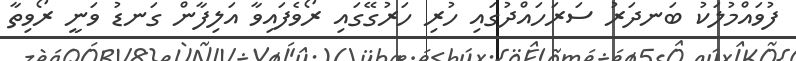
ފުވައްމުލަކު ބަނދަރު ސަރަހައްދުގައި ހުރި ހަރުގޭގައި ރޯވެފައިވާ އަލިފާން ގަނޑު ވަނީ ރޯވިތާ